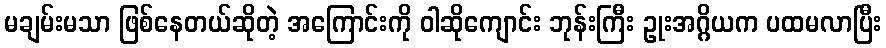
မချမ်းမသာ ဖြစ်နေတယ်ဆိုတဲ့ အကြောင်းကို ဝါဆိုကျောင်း ဘုန်းကြီး ဥုးအဂ္ဂိယက ပထမလာပြီး